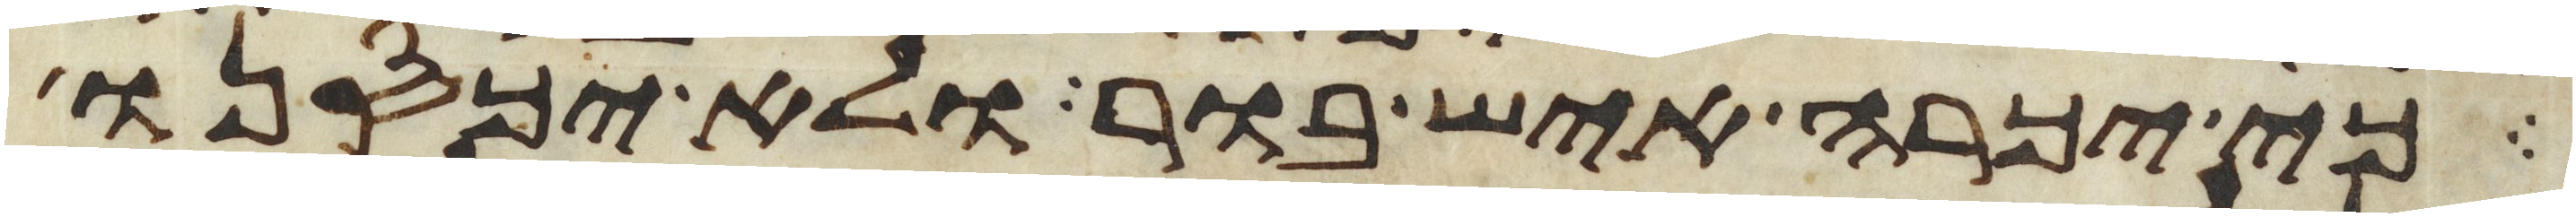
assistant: כי יכרה איש בור ולא יכסנו